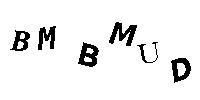
BMBMUD